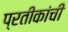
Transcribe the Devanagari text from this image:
प्रतीकांची